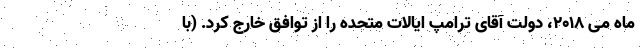
ماه می ۲۰۱۸، دولت آقای ترامپ ایالات متحده را از توافق خارج کرد. (با